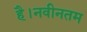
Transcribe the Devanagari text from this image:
है।नवीनतम